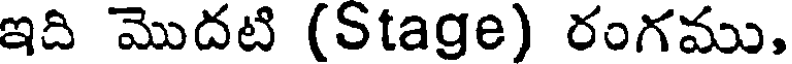
ఇది మొదటి (Stage) రంగము,